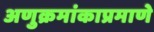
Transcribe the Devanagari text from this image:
अणुक्रमांकाप्रमाणे